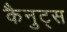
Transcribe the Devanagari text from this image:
कैनुट्स